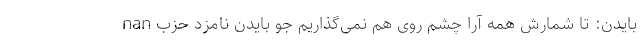
nan بایدن: تا شمارش همه آرا چشم روی هم نمی‌گذاریم جو بایدن نامزد حزب